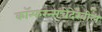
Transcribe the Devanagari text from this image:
कॉन्फरन्सचेदेखील